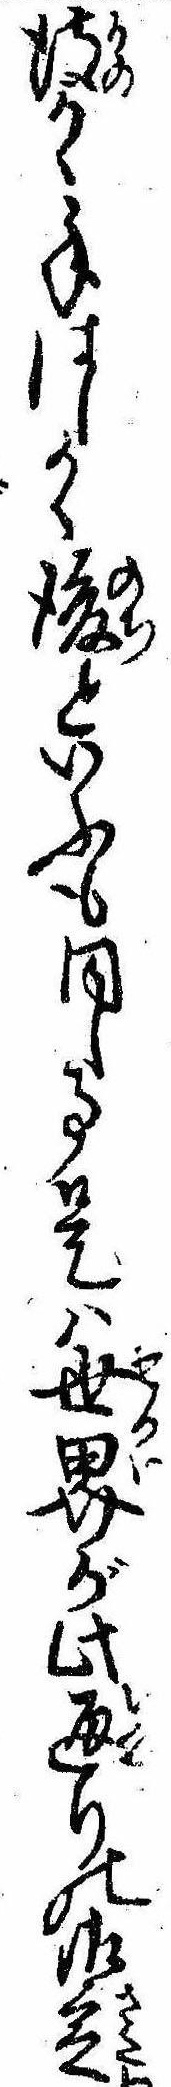
彼かく手はしかく後といふも同し事是は世界が此通りの御定